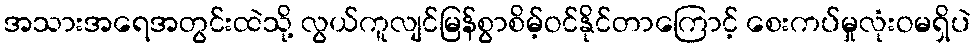
အသားအရေအတွင်းထဲသို့ လွယ်ကူလျင်မြန်စွာစိမ့်ဝင်နိုင်တာကြောင့် စေးကပ်မှုလုံးဝမရှိပဲ